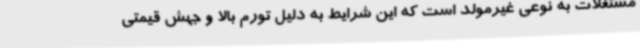
مستغلات به نوعی غیرمولد است که این شرایط به دلیل تورم بالا و جهش قیمتی